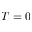
T = 0